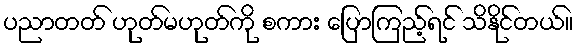
ပညာတတ် ဟုတ်မဟုတ်ကို စကား ပြောကြည့်ရင် သိနိုင်တယ်။